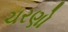
ચરણો